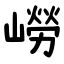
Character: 嶗